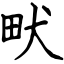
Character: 畎